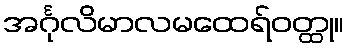
အင်္ဂုလိမာလမထေရ်ဝတ္ထု။